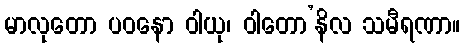
မာလုတော ပဝနော ဝါယု၊ ဝါတော’နိလ သမီရဏာ။